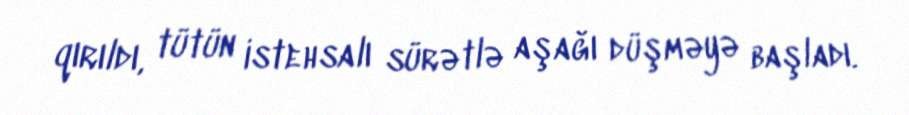
qırıldı, tütün istehsalı sürətlə aşağı düşməyə başladı.